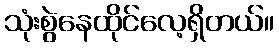
သုံးစွဲနေထိုင်လေ့ရှိတယ်။